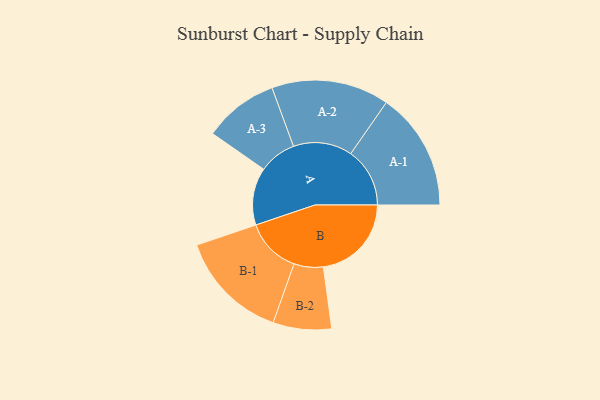
{"axis": {"x": "Segment", "y": "Value"}, "legend": ["", "A", "B"], "data": [{"x": "A", "y": 265, "type": ""}, {"x": "B", "y": 407, "type": ""}, {"x": "A-1", "y": 273, "type": "A"}, {"x": "A-2", "y": 272, "type": "A"}, {"x": "A-3", "y": 173, "type": "A"}, {"x": "B-1", "y": 256, "type": "B"}, {"x": "B-2", "y": 135, "type": "B"}]}